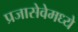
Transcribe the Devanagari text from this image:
प्रजासेवेमध्ये